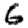
Digit: 6